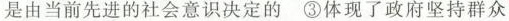
是由当前先进的社会意识决定的③体现了政府坚持群众